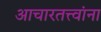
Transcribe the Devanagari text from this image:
आचारतत्त्वांना